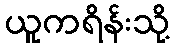
ယူကရိန်းသို့